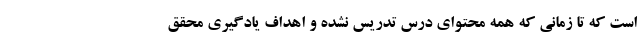
است که تا زمانی که همه محتوای درس تدریس نشده و اهداف یادگیری محقق